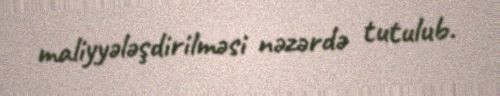
maliyyələşdirilməsi nəzərdə tutulub.